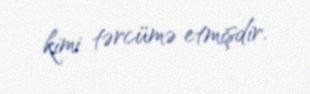
kimi tərcümə etmişdir.